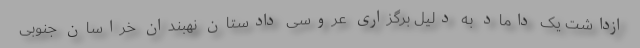
ازداشت یک داماد به دلیل برگزاری عروسی دادستان نهبندان خراسان جنوبی